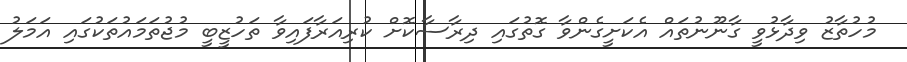
މުހުތާޒު ވިދާޅުވީ ގާނޫނުތައް އެކަށީގެންވާ ގޮތުގައި ދިރާސާކޮށް ކުރިއަރާފައިވާ ތަހުޒީބީ މުޖުތަމައުތަކުގައި އަމަލު